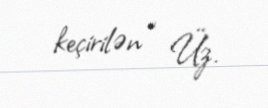
keçirilən “ Üz.